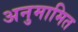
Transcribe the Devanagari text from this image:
अनुमामित